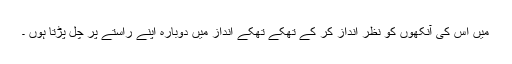
میں اس کی آنکھوں کو نظر انداز کر کے تھکے تھکے انداز میں دوبارہ اپنے راستے پر چل پڑتا ہوں ۔